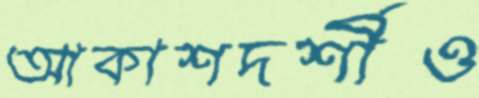
আকাশদর্শীও